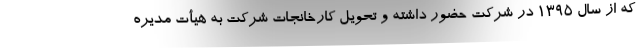
که از سال ۱۳۹۵ در شرکت حضور داشته و تحویل کارخانجات شرکت به هیأت مدیره